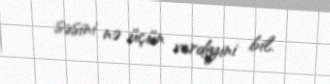
səsini nə üçün verdiyini bil.